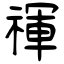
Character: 禈